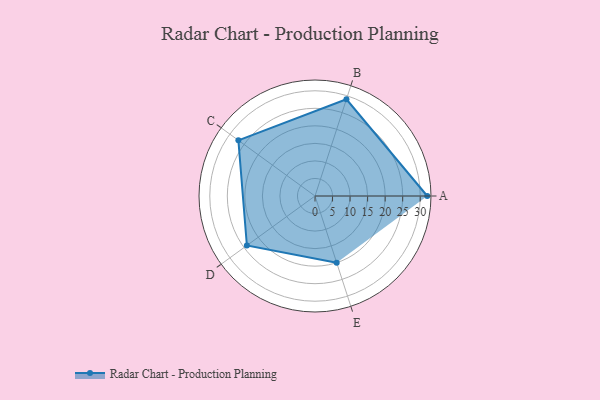
{"axis": {"x": "Skill", "y": "Score"}, "legend": ["Profile"], "data": [{"x": "A", "y": 32.0, "type": "Profile"}, {"x": "B", "y": 29.0, "type": "Profile"}, {"x": "C", "y": 27.0, "type": "Profile"}, {"x": "D", "y": 24.0, "type": "Profile"}, {"x": "E", "y": 20, "type": "Profile"}]}